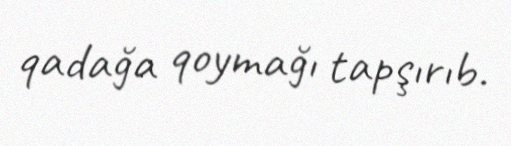
qadağa qoymağı tapşırıb.